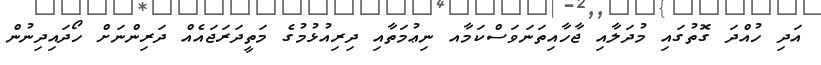
އަދި ހުއްދަ ގޮތުގައި މުދަލާއި ޖާހާއިތަނަވަސްކަމާއ ނިޢުމަތާއި ދިރިއުޅުމުގެ މަތީދަރަޖައެއް ދަރިންނަށް ހޯދައިދިނުން